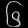
Digit: ၆